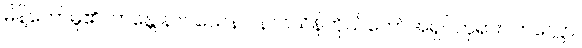
မိန့်တော်မူ၏။ ဘန္တေ နာဂသေနာ၊ နာဂသိန်ကိုယ်တော်အရှင်ဘုရား။ ကလ္လော၊